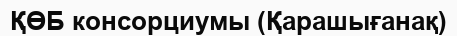
ҚӨБ консорциумы (Қарашығанақ)